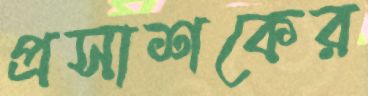
প্রসাশকের